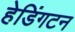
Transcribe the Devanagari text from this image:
हेडिंगटन